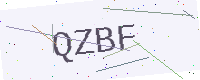
Text: QZBF